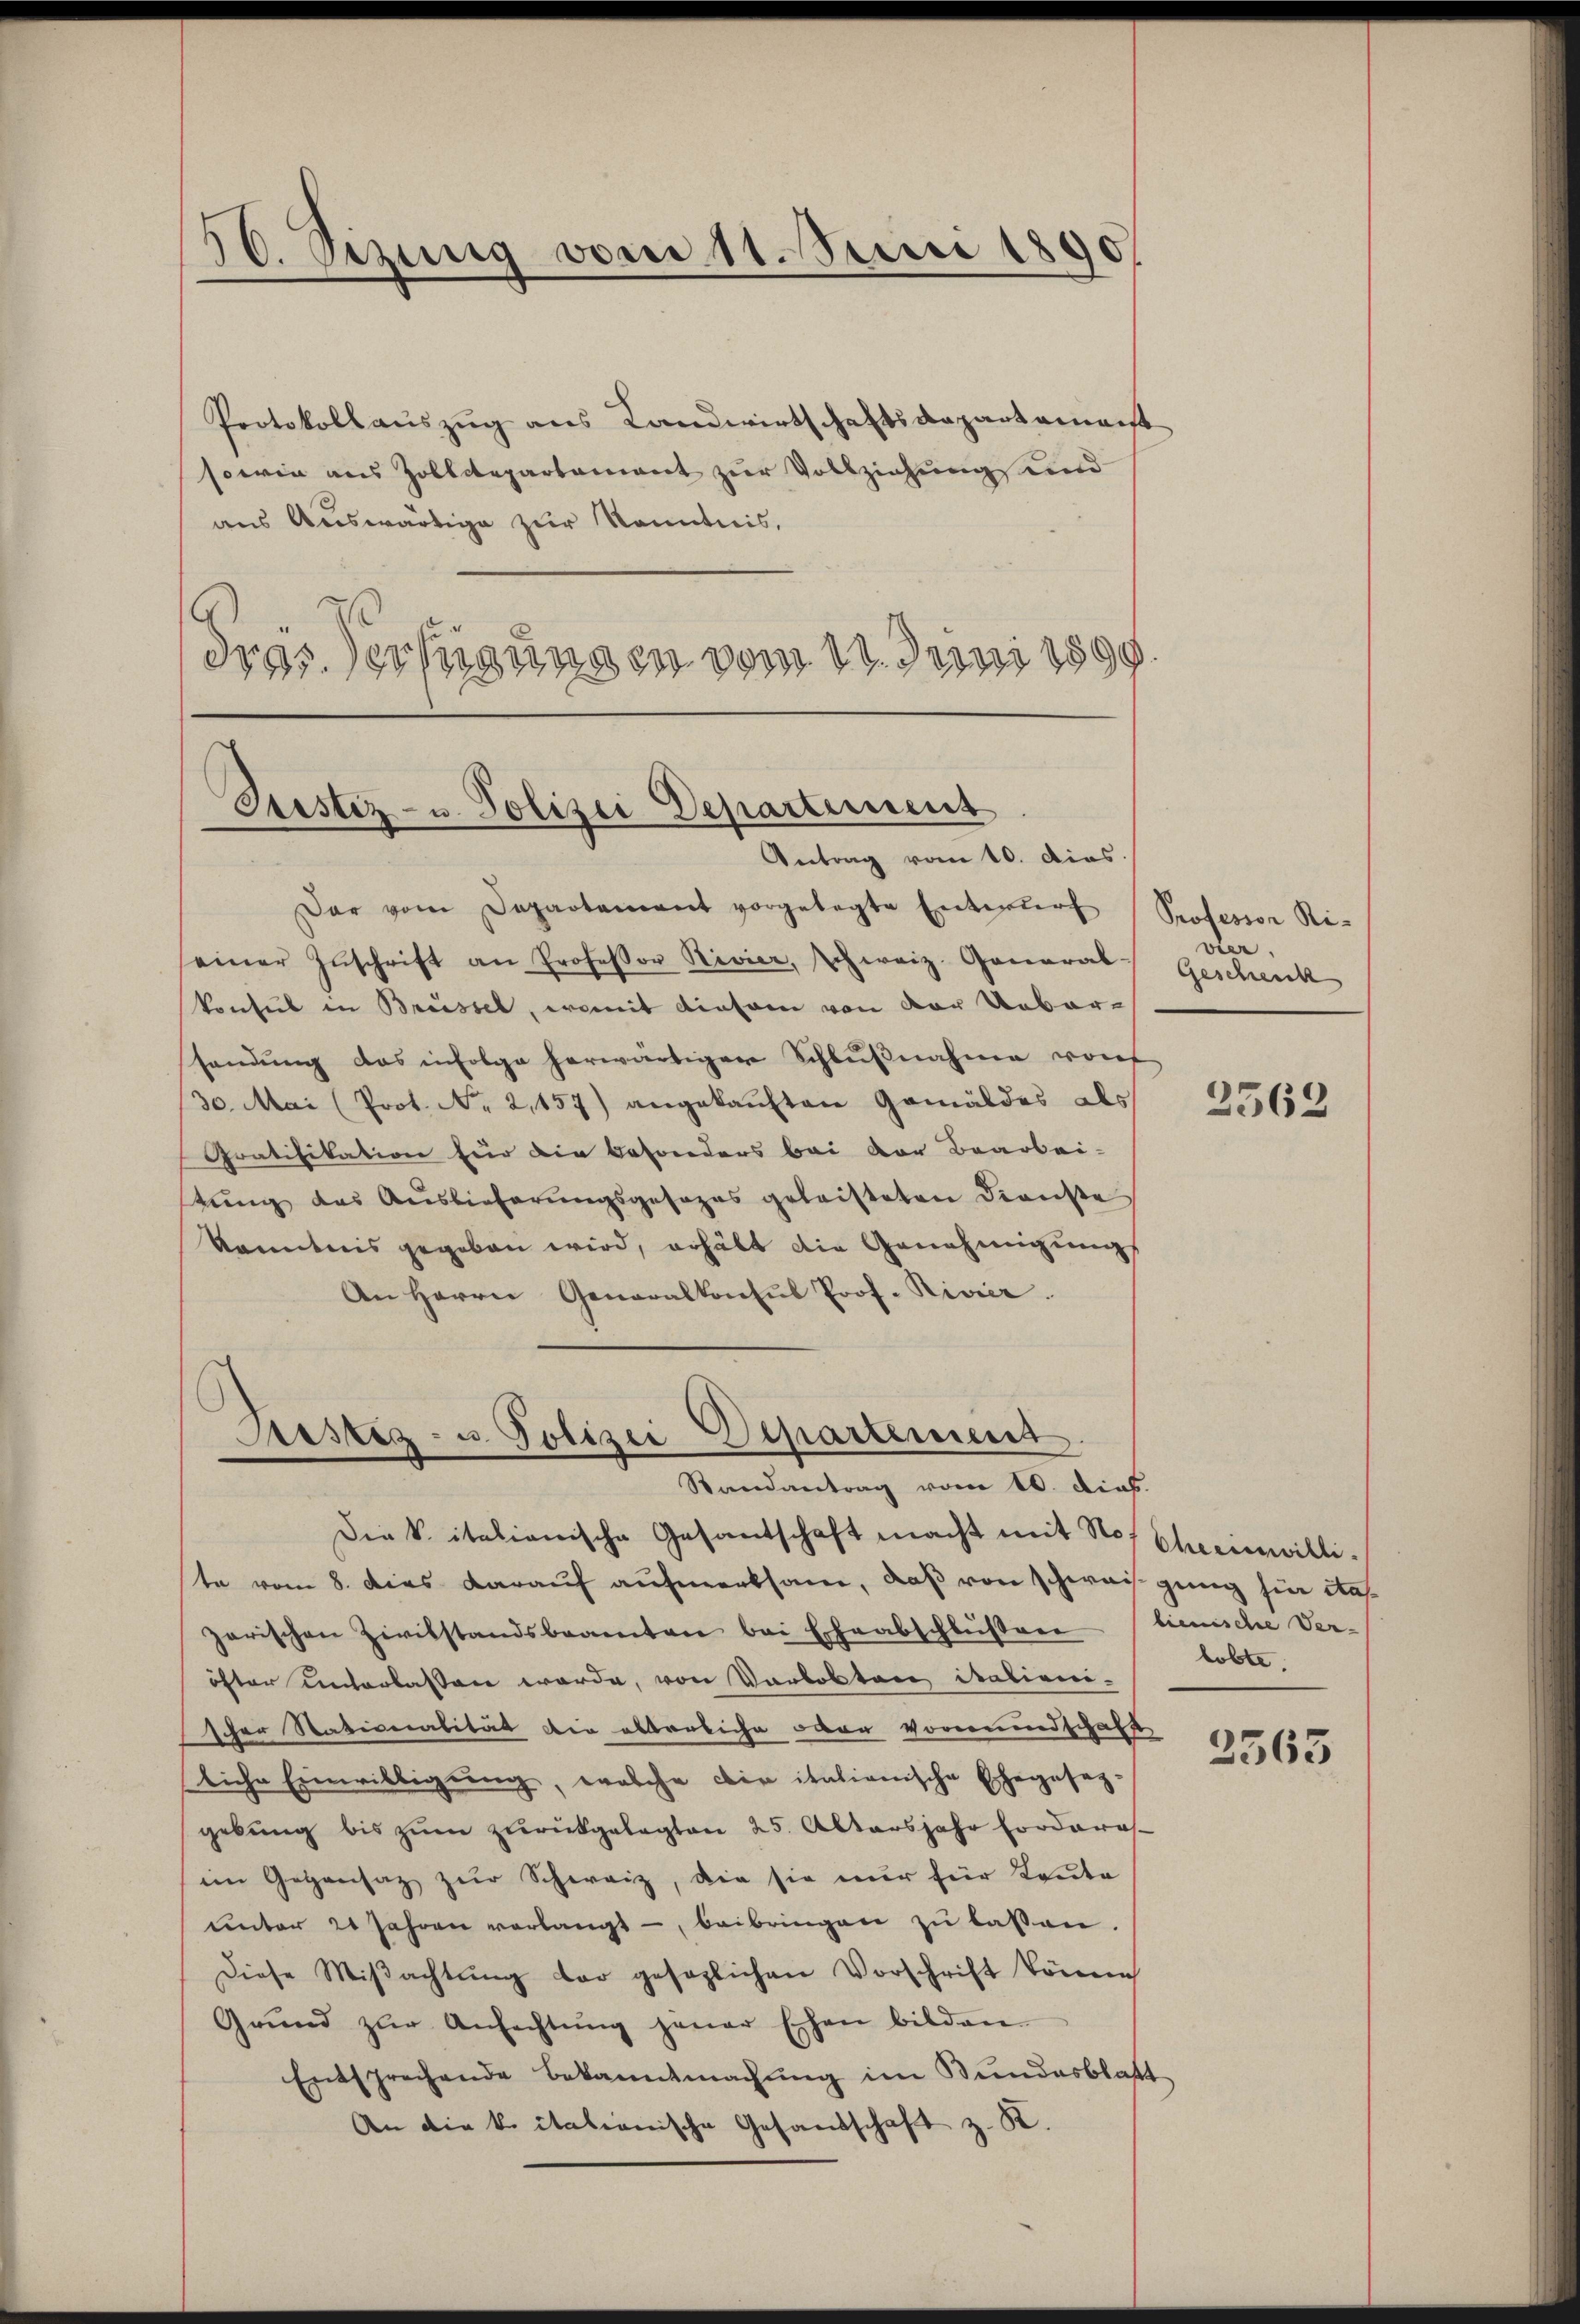
56. Sizung vom 11. Juni 1890

Protokollauszug aus Landwirtschaftsdepartement
sowie aus Zolldepartement zur Vollziehung und
aus Auswärtige zur Kenntnis,
dres Verfügungen vom 11. Juni 1890.

Justiz- u. Polizei Departement
Antrag vom 10. dias.

Dar vom Departament vorgelegte Entwŭrf
einer Zŭschrift an Professor Rivier, schweiz. General-
Vonsul in Brüssel, womit einsam von der Uebershandŭng das infolge herwärtiger Schlŭβnahme von
30. Mai (Prot. No 2,157) angekauften Gemäldes als
Gratifikation für die Besonders bei der Bearbei-
tŭng des Auslieferŭngsgesezes geleisteten Dienste
kanntnis gegeben wird, erhält die Genehmigungs
An Herrn Generalkonsul Prof. Rivier

Astiz- u. Polizei Departement
Randantrag vom 10. Dieb.

Professor Ri-
vier.
Geschenck

die Vitalianische Gesantschaft macht mit Stof Cheeinwillite vom 8. dies darauf aufmerksam, daß von schweigung hier das
zarischen Zivilstandsbeamten bei Eheabschlüßen lienische Ver-
öfter unterlassen werde, von Varboten italieni-
scher Stationalität die alterliche oder Vormundschafft
liche Einwilligung, welche die itationische Ehegesezgebung bis zum zurückgelegten 25. Altersjahr forderes
im Gegensatz zur Schweiz, die sie nur für Toute
ŭnter 20 Jahren verlangt, beibringen zu laßen.
Diese Miβachtŭng dar gesezlichen Vorschrift könen
Grŭnd zŭr Anfechtŭng jener Eschen bilden.
Entsprechende Bekanntmachung im Bundesblatt
An die k. italianische Gesandschaft z. B.

2562

lobte.

2563